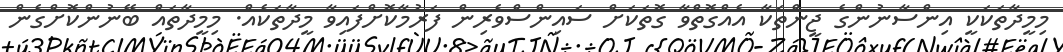
މިމީދާތަކަކީ އިންސާނުންގެ ޖީންތަކާ އެއްގޮތްވާ ގޮތަކަށް ސައިންސްވެރިން ފަރުމާކޮށްފައިވާ މީދާތަކެއް. މިމީދާތައް ބޭނުންކޮށްގެން